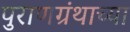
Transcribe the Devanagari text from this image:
पुराणग्रंथाच्या